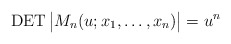
\begin{gather*}\operatorname{DET} \big | M_n(u;x_1,\ldots,x_n) \big | = u^{n}\end{gather*}